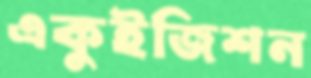
একুইজিশন